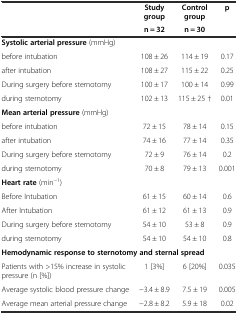
|  | Study group | Control group | p |
 |  | n = 32 | n = 30 |  |
 | --- | --- | --- | --- |
 | <COLSPAN=2> Systolic arterial pressure (mmHg) |  |  |
 | before intubation | 108 ± 26 | 114 ± 19 | 0.17 |
 | after intubation | 108 ± 27 | 115 ± 22 | 0.25 |
 | During surgery before sternotomy | 100 ± 17 | 100 ± 14 | 0.99 |
 | during sternotomy | 102 ± 13 | 115 ± 25 † | 0.01 |
 | <COLSPAN=2> Mean arterial pressure (mmHg) |  |  |
 | before intubation | 72 ± 15 | 78 ± 14 | 0.15 |
 | after intubation | 74 ± 16 | 77 ± 14 | 0.35 |
 | During surgery before sternotomy | 72 ± 9 | 76 ± 14 | 0.2 |
 | during sternotomy | 70 ± 8 | 79 ± 13 | 0.001 |
 | Heart rate (min-1) |  |  |  |
 | Before Intubation | 61 ± 15 | 60 ± 14 | 0.6 |
 | After Intubation | 61 ± 12 | 61 ± 13 | 0.9 |
 | During surgery before sternotomy | 54 ± 10 | 53 ± 8 | 0.9 |
 | during sternotomy | 54 ± 10 | 54 ± 10 | 0.8 |
 | <COLSPAN=4> Hemodynamic response to sternotomy and sternal spread |
 | Patients with >15% increase in systolic pressure (n [%]) | 1 [3%] | 6 [20%] | 0.035 |
 | Average systolic blood pressure change | -3.4 ± 8.9 | 7.5 ± 19 | 0.005 |
 | Average mean arterial pressure change | -2.8 ± 8.2 | 5.9 ± 18 | 0.02 |